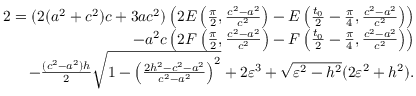
\begin{array} { r } { 2 = ( 2 ( a ^ { 2 } + c ^ { 2 } ) c + 3 a c ^ { 2 } ) \left( 2 E \left( { \frac { \pi } { 2 } } , { \frac { c ^ { 2 } - a ^ { 2 } } { c ^ { 2 } } } \right) - E \left( \frac { t _ { 0 } } { 2 } - \frac { \pi } { 4 } , { \frac { c ^ { 2 } - a ^ { 2 } } { c ^ { 2 } } } \right) \right) } \\ { - a ^ { 2 } c \left( 2 F \left( { \frac { \pi } { 2 } } , { \frac { c ^ { 2 } - a ^ { 2 } } { c ^ { 2 } } } \right) - F \left( \frac { t _ { 0 } } { 2 } - \frac { \pi } { 4 } , { \frac { c ^ { 2 } - a ^ { 2 } } { c ^ { 2 } } } \right) \right) } \\ { - \frac { ( c ^ { 2 } - a ^ { 2 } ) h } { 2 } \sqrt { 1 - \left( \frac { 2 h ^ { 2 } - c ^ { 2 } - a ^ { 2 } } { c ^ { 2 } - a ^ { 2 } } \right) ^ { 2 } } + 2 \varepsilon ^ { 3 } + \sqrt { \varepsilon ^ { 2 } - h ^ { 2 } } ( 2 \varepsilon ^ { 2 } + h ^ { 2 } ) . } \end{array}